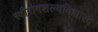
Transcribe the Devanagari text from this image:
स्त्रीरोगशल्यविशारद